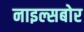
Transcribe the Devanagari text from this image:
नाइल्सबोर